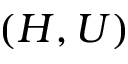
( H , U )